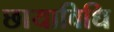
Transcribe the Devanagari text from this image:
छायाविधि